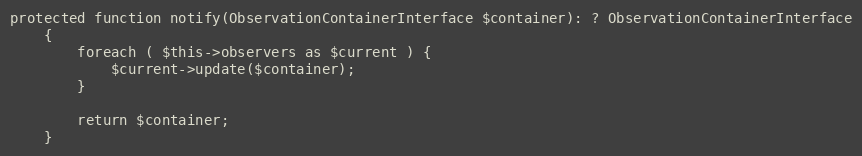
Language: PHP
protected function notify(ObservationContainerInterface $container): ? ObservationContainerInterface
    {
        foreach ( $this->observers as $current ) {
            $current->update($container);
        }

        return $container;
    }